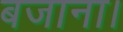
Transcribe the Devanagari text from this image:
बजाना।